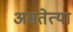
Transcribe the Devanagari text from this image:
असतेत्या